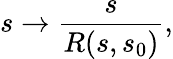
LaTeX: s\rightarrow\frac{s}{R(s,s_{0})},